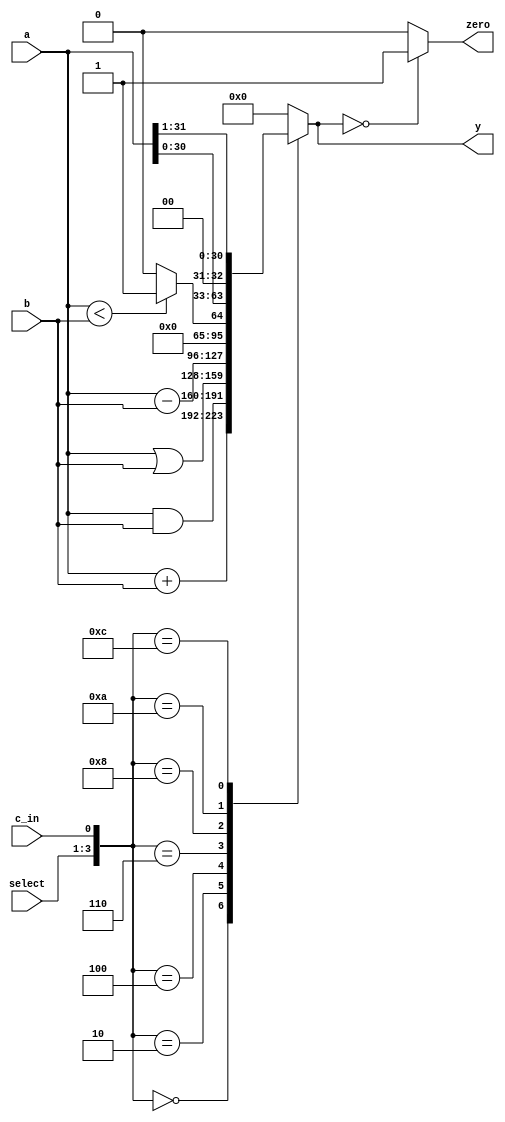
////// ALU MIGUEL BENAVIDES ///////


module ALU #(
	
	parameter WIDTH = 32
)

(
	output reg [WIDTH -1: 0] y,
	output zero, 
	input [WIDTH -1: 0] a, b,
	input [2:0] select,
	input c_in
);

reg cero;

always @(*) begin
		
		case ({select, c_in})
		
			4'b000_0: y = a + b;
			4'b001_0: y = a & b;
			4'b010_0: y = a | b;
			4'b011_0: y = a - b;
			4'b100_0: y = $signed(a) < $signed(b) ? 1 : 0;   // SLT
			4'b101_0: y = a << 1;
			4'b110_0: y = a >> 1;
			4'b111_0: y = 32'h0;
			 
			
			default:		y = 32'h0;
		endcase
		
		cero = (y == 32'h0) ? 1 : 0;// revisar
	end	
		assign zero = cero;

endmodule	
	




//module ALU	 // ARITHMETIC UNIT
//	#(parameter WIDTH = 32)
//	(output reg	[WIDTH -1: 0] 	y,
//	input		[WIDTH -1: 0]	a, b,
//	input					c_in,
//	input		[3: 0]	select);
//	//input		[WIDTH: 0]	select);
//	//reg	[WIDTH -1: 0]	y);
//
//always @ (*)
//begin
//y= 4'b0;
//case ({select, c_in})
//6'b00000_0:	y = a;
//6'b00000_1:	y = a + 1'b1;
//6'b00001_0:	y = a + b;
//6'b00001_1:	y = a + b + 1'b1;
//6'b00010_0:	y = a + ~b;
//6'b00010_1:	y = a + (~b) + 1'b1;
//6'b00011_0:	y = a - 1'b1;
//6'b00011_1:	y = b;
//6'b00100_0:	y = a & b;
//6'b00101_0:	y = a | b;
//6'b00110_0: y = a ^ b;
//6'b00111_0:	y = ~a;
//6'b01000_0:	y = a << 1;
//6'b10000_0:	y = a >> 1;		
//6'b11000_0:	y = 0;  
//6'b11001_0:	y = ~b;  //25 nuevo caso NOT b
//6'b11001_1:	y = a ^~ b;  //25 nuevo caso  XNOR       
//default:		y = 4'b0;
//endcase
//end
//endmodule